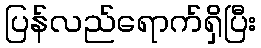
ပြန်လည်ရောက်ရှိပြီး